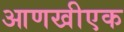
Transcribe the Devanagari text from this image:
आणखीएक